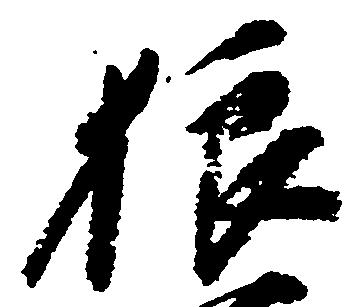
狼